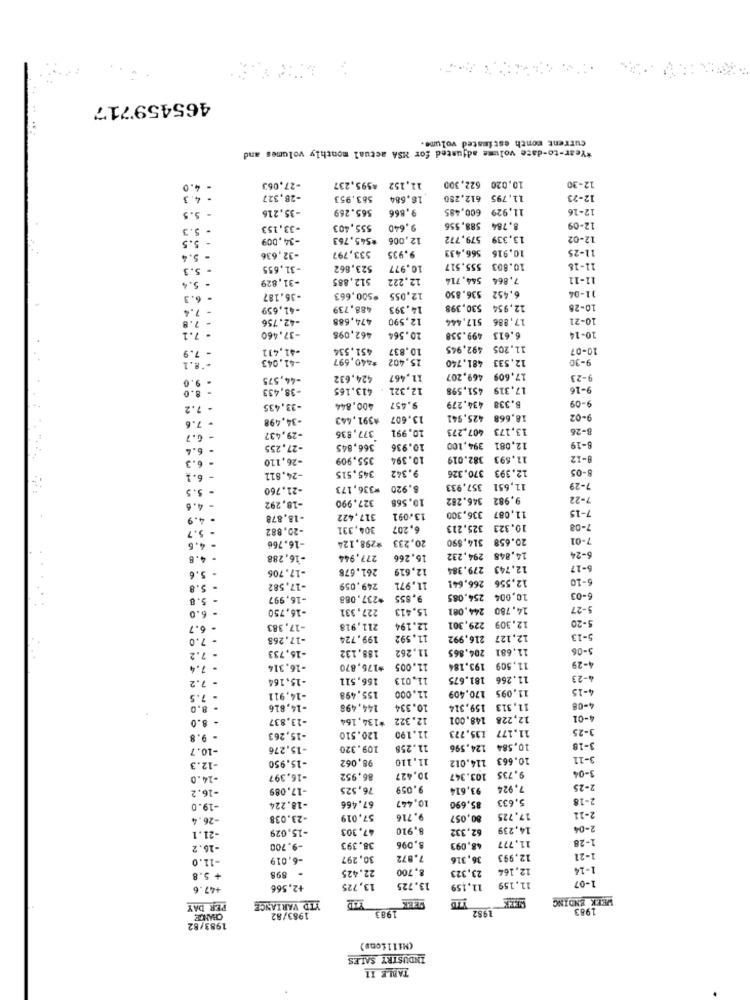
465459717
current month estimated volume.
*Year-to-date volume adjusted for MSA actual monthly volumes and
4.
-27,063
11,152 #595,237
10,020 622,300
12-30
4. 2
-28,327
583.953
18.684
11,795 612,280
12-23
-35,216
565.269
9,866
11.929 600,485
12-16
5.5
- 5.3
-33,153
555,403
9,640
588,556
8.784
12-09
- 5.5
-34,009
*545.763
12,006
579,772
13.339
12-02
566,433
10,916
11-25
- 5.4
-32,636
533,797
9.935
- 5.3
-31,655
523,862
10.977
555.517
10.803
11-18
-31.829
$12,885
12.222
544,714
7.864
11-11
- 5.4
- 6.3
-36.187
12.055 *500,663
536.850
6.452
11-04
- 7.4
-41,659
488.739
14.393
530,398
12,954
10-28
- 7.8
-42.756
474,688
12.590
517,444
17.886
10-21
- 7.1
-37.460
462,095
20.564
499.558
6.613
10-14
- 7.9
-$1,411
451.534
10.837
492.945
11.205
10-07
-* 8.1
-41,043
#440,597
15,402
481.740
12,533
9-30
-44,575
424,632
11,467
469.207
17,609
9-23
- 8.0
-38,433
413.165
12,321
451,598
17,319
9-1
- 7.2
-33,435
400,844
9.457
434.279
B.338
9-09
- 7.6
-34,498
#391,443
13,607
425,941
18,668
9-02
377,836
10.991
407.275
13,173
8-26
- 6.7
-29,437
- 6.4
-27,255
366,845
10.936
394,100
12,081
8-19
- 6.3
-26,110
355,909
10.394
382.019
11.593
8-12
9.342
12.393 370,326
6-05
- 6.1
-24.811
345,515
- 5.5
-21.760
*336,173
6.920
357,933
11,651
7-29
327.990
10.568
346.282
9.982
7-22
4.6
-18,292
7-15
.9
-18.878
317,422
13.091
11,087 336,300
-20,882
304,331
6,207
325.223
10.323
7-08
20,233
314,890
20.658
7-01
.6
-16.766
*298.124
4.8
-16,288
277,944
16,266
294,232
14,848
6-24
-17.706
261.678
12,619
12.743 279,384
6-17
5.6
6-10
5.8
-17,582
249,059
11.971
12,556 266,64!
-16,997
*237.088
9.855
10,004 254.085
6-03
6.0
-16,750
227,331
15,413
244.081
14,780
5-27
6.7
-17,383
211,918
12.194
229,301
12,309
5-20
7.0
-17.268
199,724
11.592
12,127 216,992
-13
188,132
11.262
11.681 204.865
5-06
7.2
-16,733
- 7.4
-16.314
*176,870
11.005
193.184
11,509
4-29
- 7.2
-15.164
156,511
11,013
11.266 181.675
-23
11.000
4-15
- 7.5
-14,911
155.498
170,409
11.095
- 8.0
-14,816
144,498
10.334
11,313 159,314
4-08
- 8.0
-13,837
*134.164
12.322
148.001
12,228
4-01
135,773
11.177
3-25
- 9.8
-15,263
120.510
11.190
-10.7
-15,276
109.320
11.258
124,596
10,584
3-18
98,062
11,110
114,012
10.663
3-11
12.3
-15.950
3-04
14.0
-16.397
86,952
10.427
103.347
9.735
-16,2
-17.089
76,525
9,059
93,614
7.924
2-25
10,447
5.633
2-18
-19.0
-18.224
67.466
85.690
-26.4
-23.038
57,019
9.716
80,057
17,725
2-11
-15,029
47,303
8.910
62,332
14,239
2-04
21.1
1-28
16.2
-9,700
38.393
8,096
48,093
11,777
-11.0
-6,019
30,297
7.872
36,316
12.993
1-21
22.425
8.700
12,164
1-14
+ 5.8
- 898
23,323
1-07
+47.6
+2,566
13,725
13.725
11,159
11.159
YTD
WEEK ENDING
PER DAY
YID VARIANCE
SEEK
983
CHANCE
1983/82
1983
1982
1983/82
(Millions)
INDUSTRY SALES
TABLE 11